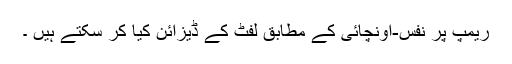
ریمپ پر نفس-اونچائی کے مطابق لفٹ کے ڈیزائن کیا کر سکتے ہیں ۔